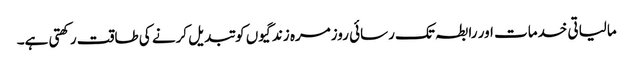
مالیاتی خدمات اور رابطہ تک رسائی روزمرہ زندگیوں کو تبدیل کرنے کی طاقت رکھتی ہے۔